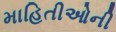
માહિતીઓની